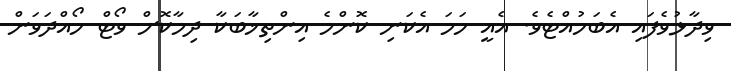
ވިދާޅުވެފައި އެބަހުއްޓެވެ. އެއީ ހަމަ އެކަނި ކޮންމެ އިންތިޚާބަކާ ދިމާކޮށް ވޯޓް ހޯއްދަވަން